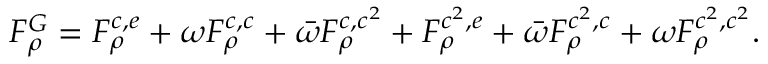
F _ { \rho } ^ { G } = F _ { \rho } ^ { c , e } + \omega F _ { \rho } ^ { c , c } + \bar { \omega } F _ { \rho } ^ { c , c ^ { 2 } } + F _ { \rho } ^ { c ^ { 2 } , e } + \bar { \omega } F _ { \rho } ^ { c ^ { 2 } , c } + \omega F _ { \rho } ^ { c ^ { 2 } , c ^ { 2 } } .